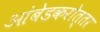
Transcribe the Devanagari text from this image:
आंबेडकरोत्तर